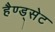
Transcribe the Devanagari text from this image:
हैण्ड्सेट